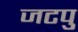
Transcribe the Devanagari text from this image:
जटपु